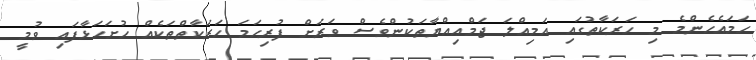
ހަމައެހެންމެ މި ހަރަކާތުގައި އަމިއްލަ ޖަމްޢިއްޔާތަކުންވެސް ވަރަށް ފުރިހަމަ ހަރަކާތްތަކެއް ހުށަހަޅާފައި ވުމީ